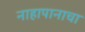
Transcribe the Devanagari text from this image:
नाहापानाचा